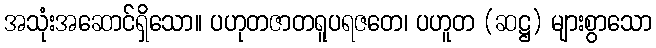
အသုံးအဆောင်ရှိသော။ ပဟုတဇာတရူပရဇတေ၊ ပဟူတ (ဆဋ္ဌ) များစွာသော